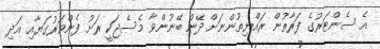
އެ ސެންޓަރުގެ ފަރާތުން ރައްޔިތުންނަށް ދޭން ބޭނުންވާ މެސެޖަކީ ރަށު ފެންވަރުގަޔާއި އަދި